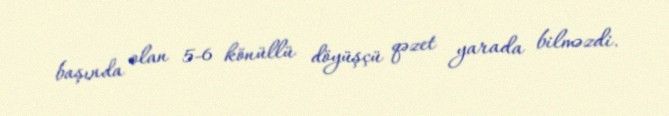
başında olan 5-6 könüllü döyüşçü qəzet yarada bilməzdi.